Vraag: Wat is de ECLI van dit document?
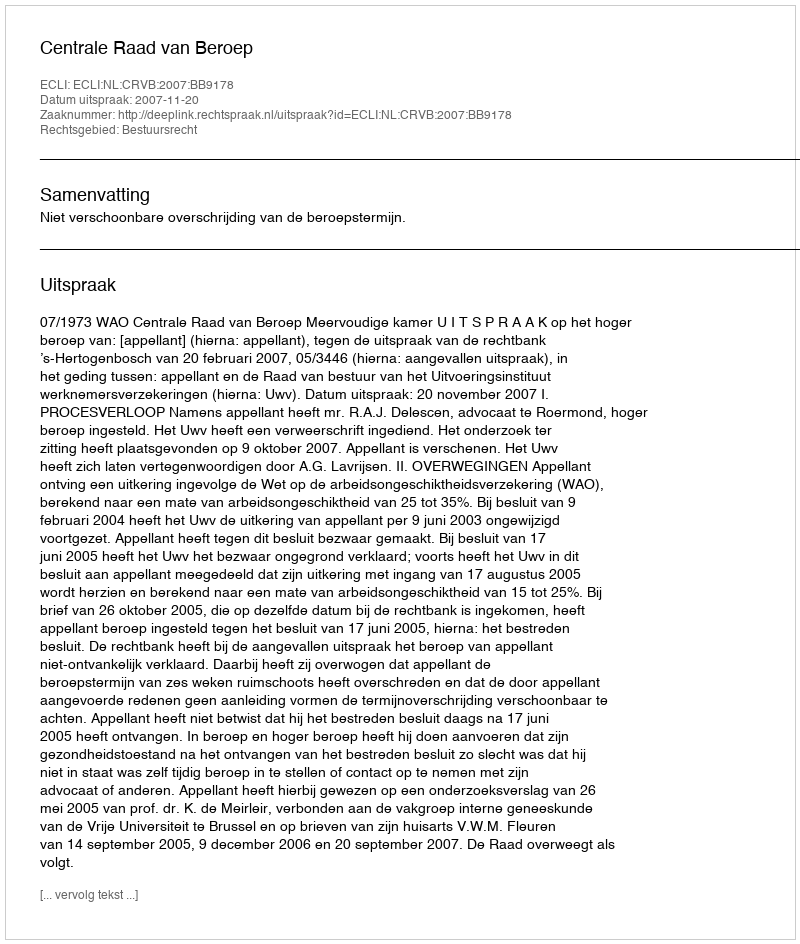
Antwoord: ECLI:NL:CRVB:2007:BB9178